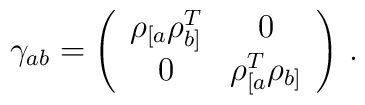
\gamma_{ab}=\left(\begin{array}{cc}\rho_{[a}\rho_{b]}^{T}&0\\ 0&\rho_{[a}^{T}\rho_{b]}\end{array}\right)\,.